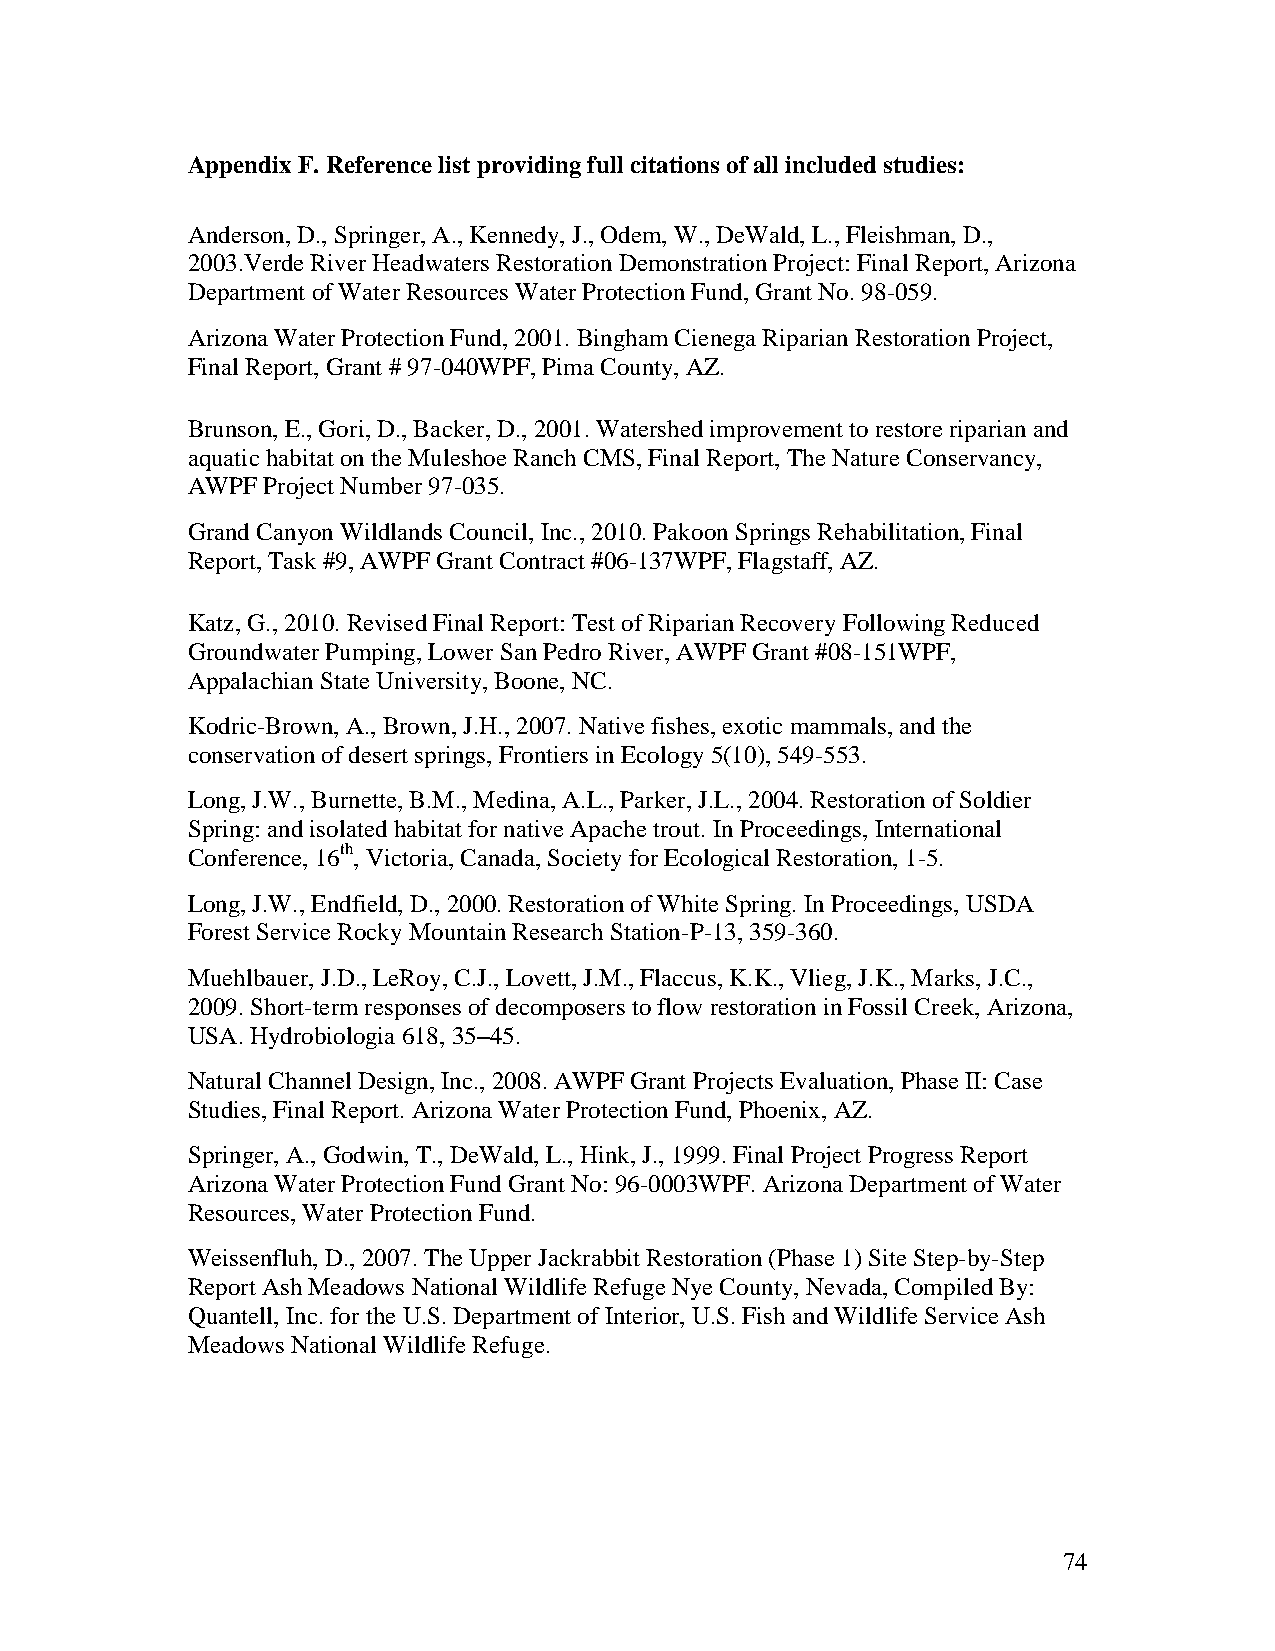
Appendix F. Reference list providing full citations of all included studies:
 Anderson, D., Springer, A., Kennedy, J., Odem, W., DeWald, L., Fleishman, D.,
 2003.Verde River Headwaters Restoration Demonstration Project: Final Report, Arizona
 Department of Water Resources Water Protection Fund, Grant No. 98-059.
 Arizona Water Protection Fund, 2001. Bingham Cienega Riparian Restoration Project,
 Final Report, Grant # 97-040WPF, Pima County, AZ.
 Brunson, E., Gori, D., Backer, D., 2001. Watershed improvement to restore riparian and
 aquatic habitat on the Muleshoe Ranch CMS, Final Report, The Nature Conservancy,
 AWPF Project Number 97-035.
 Grand Canyon Wildlands Council, Inc., 2010. Pakoon Springs Rehabilitation, Final
 Report, Task #9, AWPF Grant Contract #06-137WPF, Flagstaff, AZ.
 Katz, G., 2010. Revised Final Report: Test of Riparian Recovery Following Reduced
 Groundwater Pumping, Lower San Pedro River, AWPF Grant #08-151WPF,
 Appalachian State University, Boone, NC.
 Kodric-Brown, A., Brown, J.H., 2007. Native fishes, exotic mammals, and the
 conservation of desert springs, Frontiers in Ecology 5(10), 549-553.
 Long, J.W., Burnette, B.M., Medina, A.L., Parker, J.L., 2004. Restoration of Soldier
 Spring: and isolated habitat for native Apache trout. In Proceedings, International
 Conference, 16th, Victoria, Canada, Society for Ecological Restoration, 1-5.
 Long, J.W., Endfield, D., 2000. Restoration of White Spring. In Proceedings, USDA
 Forest Service Rocky Mountain Research Station-P-13, 359-360.
 Muehlbauer, J.D., LeRoy, C.J., Lovett, J.M., Flaccus, K.K., Vlieg, J.K., Marks, J.C.,
 2009. Short-term responses of decomposers to flow restoration in Fossil Creek, Arizona,
 USA. Hydrobiologia 618, 35–45.
 Natural Channel Design, Inc., 2008. AWPF Grant Projects Evaluation, Phase II: Case
 Studies, Final Report. Arizona Water Protection Fund, Phoenix, AZ.
 Springer, A., Godwin, T., DeWald, L., Hink, J., 1999. Final Project Progress Report
 Arizona Water Protection Fund Grant No: 96-0003WPF. Arizona Department of Water
 Resources, Water Protection Fund.
 Weissenfluh, D., 2007. The Upper Jackrabbit Restoration (Phase 1) Site Step-by-Step
 Report Ash Meadows National Wildlife Refuge Nye County, Nevada, Compiled By:
 Quantell, Inc. for the U.S. Department of Interior, U.S. Fish and Wildlife Service Ash
 Meadows National Wildlife Refuge.
 74